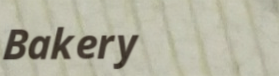
Bakery